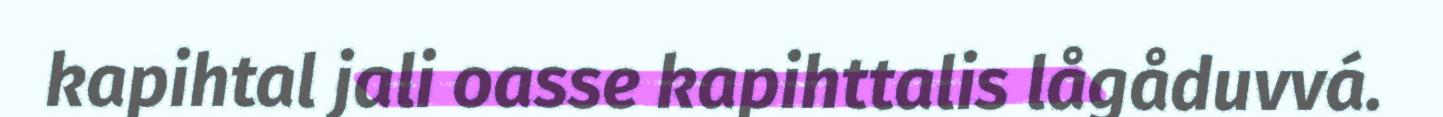
kapihtal jali oasse kapihttalis lågåduvvá.